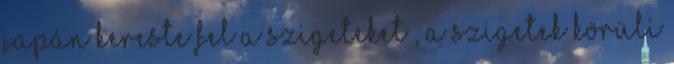
japán kereste fel a szigeteket , a szigetek körüli